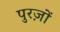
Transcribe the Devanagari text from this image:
पुरज़ों